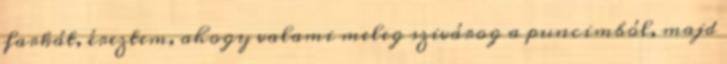
farkát, éreztem, ahogy valami meleg szivárog a puncimból, majd